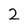
Character: 2